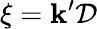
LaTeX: \xi=\mathbf{k}^{\prime}\mathcal{{D}}